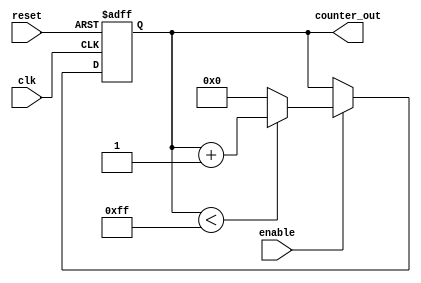
module up_counter #(
    parameter WIDTH = 8,        // Width of the counter (bits)
    parameter INITIAL_VALUE = 0, // Initial value upon reset
    parameter MAX_VALUE = 255    // Maximum value the counter can reach
)(
    input wire clk,              // Clock input
    input wire reset,            // Asynchronous reset (active high)
    input wire enable,           // Enable signal (active high)
    output reg [WIDTH-1:0] counter_out // Counter output
);

// Always block for synchronous logic
always @(posedge clk or posedge reset) begin
    if (reset) begin
        // Reset counter to initial value
        counter_out <= INITIAL_VALUE;
    end else if (enable) begin
        // Increment the counter if enabled
        if (counter_out < MAX_VALUE) begin
            counter_out <= counter_out + 1;
        end else begin
            // Optional: wrap around to initial value or hold
            counter_out <= INITIAL_VALUE; // Uncomment for wrap-around behavior
            // counter_out <= MAX_VALUE; // Uncomment to latch at max value
        end
    end
end

endmodule